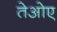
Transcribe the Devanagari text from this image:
तेओए